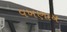
વખણાય